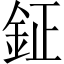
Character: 鉦